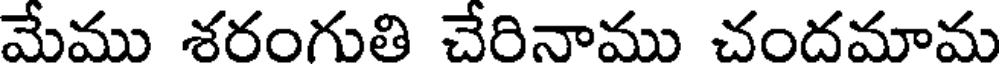
మేము శరంగుతి చేరినాము చందమామ